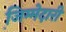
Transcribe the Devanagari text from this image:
जि़म्मेदारी